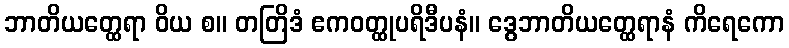
ဘာတိယတ္ထေရာ ဝိယ စ။ တတြိဒံ ဧကဝတ္ထုပရိဒီပနံ။ ဒွေဘာတိယတ္ထေရာနံ ကိရေကော